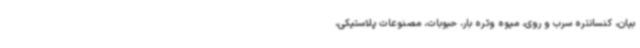
بیان، کنسانتره سرب و روی، میوه وتره بار، حبوبات، مصنوعات پلاستیکی،